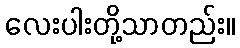
လေးပါးတို့သာတည်း။